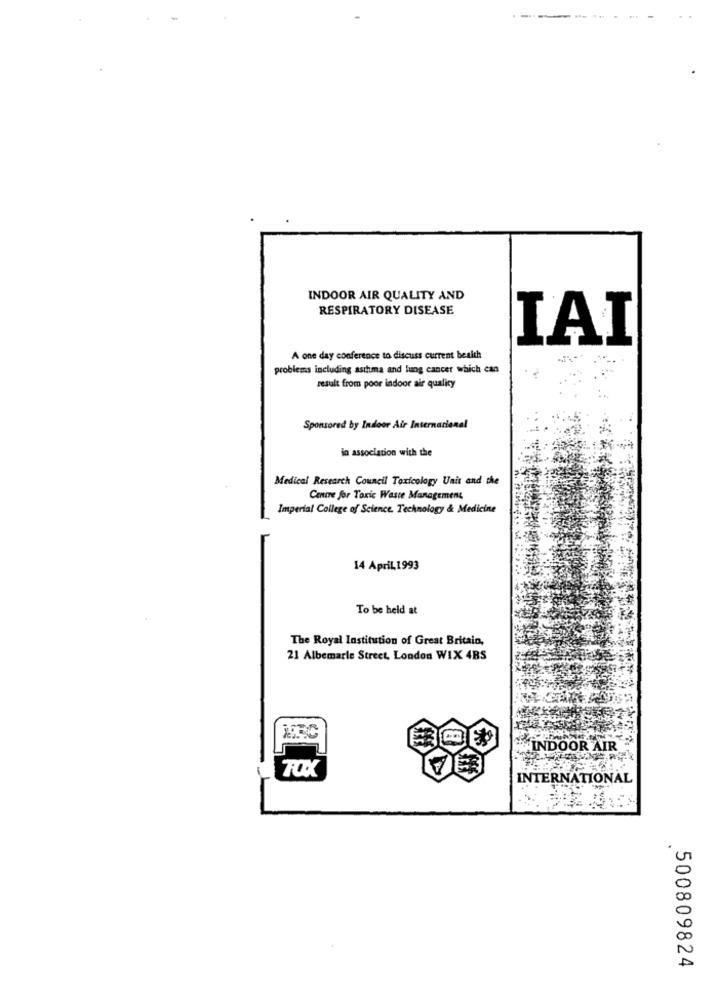
----- --
INDOOR AIR QUALITY AND
RESPIRATORY DISEASE
IAI
A one day conference to discuss current health
problems including asthma and lung cancer which can
result from poor indoor air quality
Sponsored by Indoor Air Internacional
in association with the
Medical Research Council Toxicology Unit and the
Centre for Toxic Waste Management
Imperial College of Science, Technology & Medicine
14 April, 1993
To be held at
The Royal Institution of Great Britain,
21 Albemarle Street, London WIX 4RS
INDOOR AIR
TOXX
INTERNATIONAL
500809824